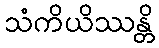
သံကိယိဿန္တိ